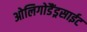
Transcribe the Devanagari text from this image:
ओलिगोडैंड्रसाईट